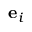
\mathbf { e } _ { i }